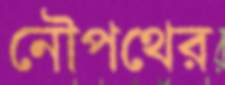
নৌপথের